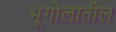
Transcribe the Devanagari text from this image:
भूगोलातील